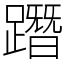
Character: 𨅔